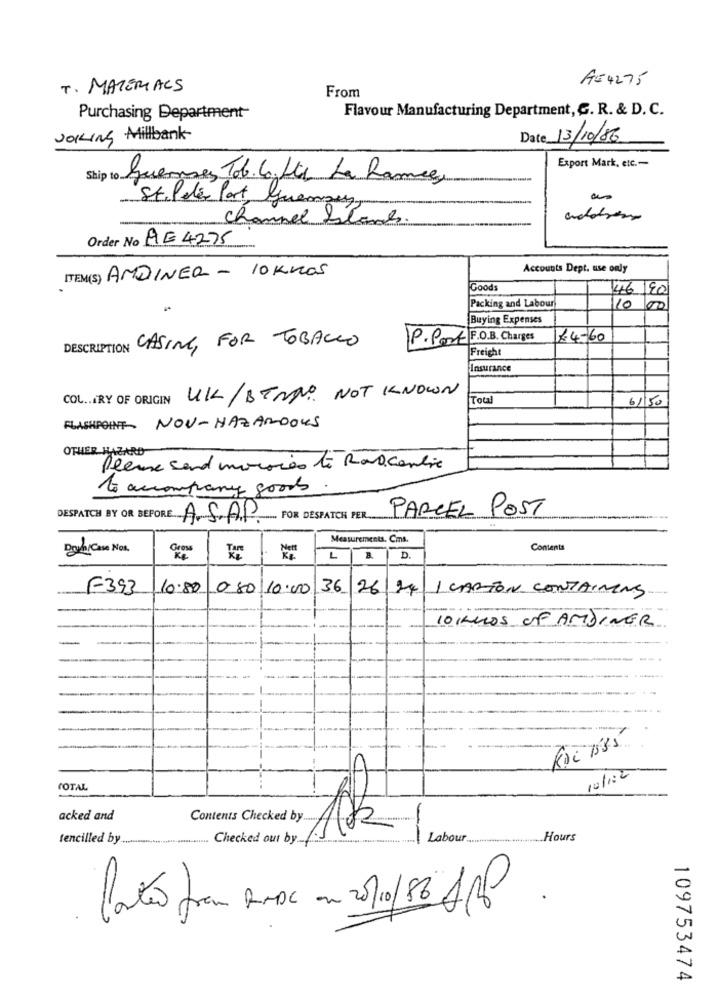
A54275
T. MATERIALS
From
Flavour Manufacturing Department, G. R. & D. C.
Purchasing Department-
Joking Millbank
Date 13/10/86
Export Mark, etc .-
Ship to quemses Tob. la fte La Ramie,
St.Peter Port Guenay,
-
Channel Islands
Order No AE 4275
ITEM(S) ANDINER - 10 KMOS
Accounts Dept. use only
Goods
4.6/90
10
Packing and Labour
100
Buying Expenses
DESCRIPTION CASING, FOR TOBACCO
P. Port F.O.B. Charges
£4-60
Freight
Insurance
COL .. . RY OF ORIGIN UK/BENNO NOT KNOWN
Total
6/50
FLASHPOINT NON-HAZARDOUS
OTHER HAZARD
Please send moraies te Ravacantie
to accompany goods
PARCEL POST
DESPATCH BY OR BEFORE ASAP
.... FOR DESPATCH PER
Measurements. Cms.
Dove/Casa Nos.
Gross
Contents
L
D.
F393
10.80
0 80 10.00
36 26/24 1 CARTON CONTAINING
10 KLUOS OF AMDINER
ROC 1535
C
10/182
TOTAL
acked and
Contents Checked by
-
tencilled by ...
Checked out by
Labour
Hours
Portão from AMAC an 20/10/86 APP
109753474